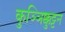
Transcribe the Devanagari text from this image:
कुञ्ञिक्कुट्टन